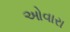
ઓવારા